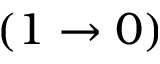
( 1 \rightarrow 0 )